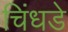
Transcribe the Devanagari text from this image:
चिंधडे